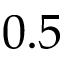
0 . 5